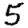
Digit: 5